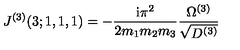
J ^ { ( 3 ) } ( 3 ; 1 , 1 , 1 ) = - \frac { \mathrm { i } \pi ^ { 2 } } { 2 m _ { 1 } m _ { 2 } m _ { 3 } } \frac { \Omega ^ { ( 3 ) } } { \sqrt { D ^ { ( 3 ) } } }